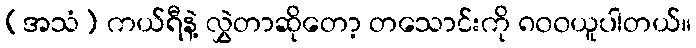
(အသံ) ကယ်ရီနဲ့ လွှဲတာဆိုတော့ တသောင်းကို ၈၀၀ယူပါတယ်။